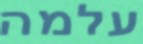
עלמה